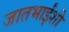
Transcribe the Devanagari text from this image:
जातभाईंशी